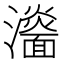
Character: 𤃨